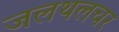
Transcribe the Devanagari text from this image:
जलथलचर